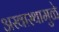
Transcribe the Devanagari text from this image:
अस्वास्थामुळे